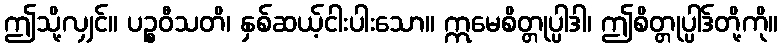
ဤသို့လျှင်။ ပဉ္စဝီသတိ၊ နှစ်ဆယ့်ငါးပါးသော။ ဣမေစိတ္တုပ္ပါဒါ၊ ဤစိတ္တုပ္ပါဒ်တို့ကို။